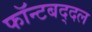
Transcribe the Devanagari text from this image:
फॉन्टबद्दल